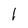
Character: l